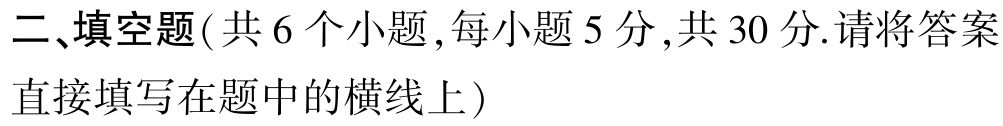
二、填空题( 共 6 个小题 ,每小题 5 分 ,共 30 分.请将答案

直接填写在题中的横线上）